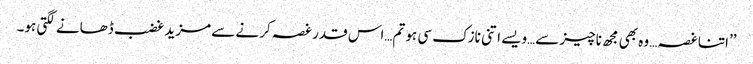
’’اتنا غصہ… وہ بھی مجھ ناچیز سے…ویسے اتنی نازک سی ہو تم…اس قدر غصہ کرنے سے مزید غضب ڈھانے لگتی ہو۔